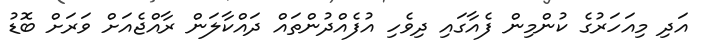
އަދި މިއަހަރުގެ ކުންމިން ފެއާގައި ދިވެހި އުފެއްދުންތައް ދައްކާލަން ރާއްޖެއަށް ވަރަށް ބޮޑު